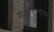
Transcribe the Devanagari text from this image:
राजाजीनगर